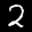
Label: 2